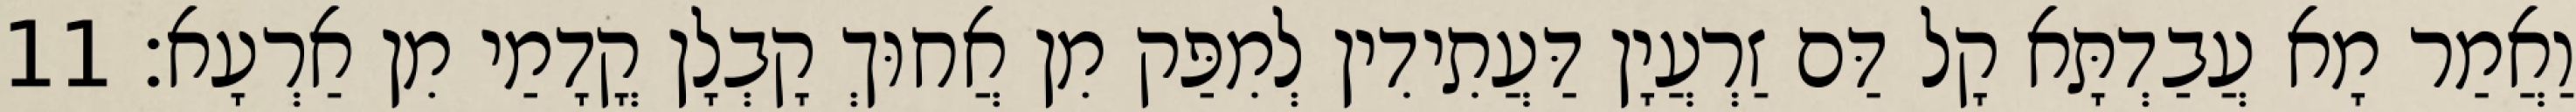
וַאֲמַר מָא עֲבַדְתָּא קָל דַּם זַרְעֲיָן דַּעֲתִידִין לְמִפַּק מִן אֲחוּךְ קָבְלָן קֳדָמַי מִן אַרְעָא׃ 11